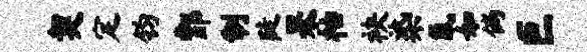
契定钧酆制陡杲枯袂染氤如倘巨